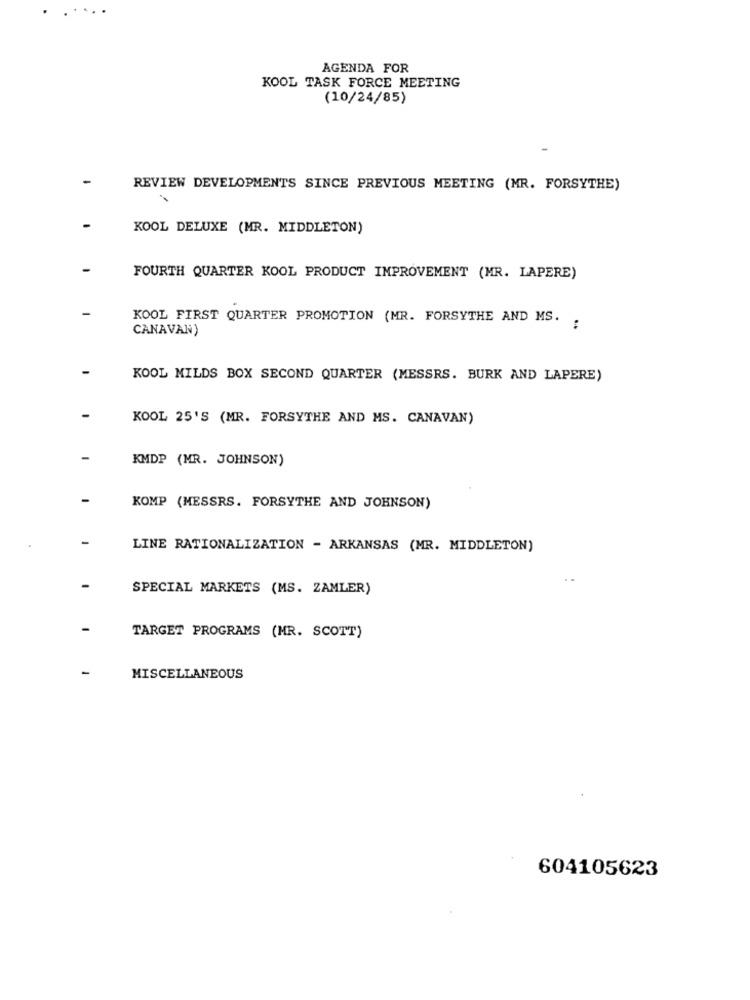
. .
AGENDA FOR
KOOL TASK FORCE MEETING
(10/24/85)
REVIEW DEVELOPMENTS SINCE PREVIOUS MEETING (MR. FORSYTHE)
KOOL DELUXE (MR. MIDDLETON)
FOURTH QUARTER KOOL PRODUCT IMPROVEMENT (MR. LAPERE)
KOOL FIRST QUARTER PROMOTION (MR. FORSYTHE AND MS.
CANAVAN)
:
KOOL MILDS BOX SECOND QUARTER (MESSRS. BURK AND LAPERE)
KOOL 25'S (MR. FORSYTHE AND MS. CANAVAN)
KMDP (MR. JOHNSON)
KOMP (MESSRS. FORSYTHE AND JOHNSON)
LINE RATIONALIZATION - ARKANSAS (MR. MIDDLETON)
SPECIAL MARKETS (MS. ZAMLER)
TARGET PROGRAMS (MR. SCOTT)
MISCELLANEOUS
604105623